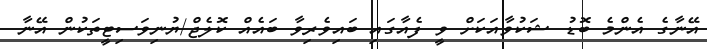
އޭނާގެ އެންމެ ބޮޑު ޝަކުވާއަކަށް ވީ ފެއާގައި ބައިވެރިވާ ބައެއް ކޮލެޖް/ޔުނިވަސިޓީތަކުން އޭނާ